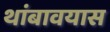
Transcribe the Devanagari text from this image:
थांबावयास